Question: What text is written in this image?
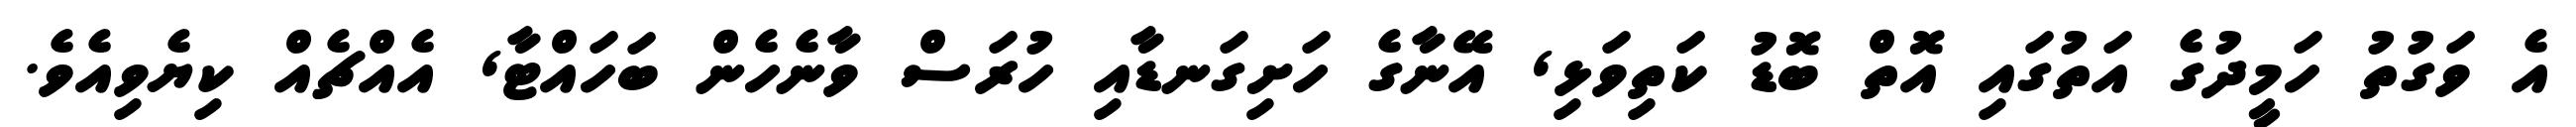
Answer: އެ ވަގުތު ހަމީދުގެ އަތުގައި އޮތް ބޮޑު ކަތިވަޅި, އޭނާގެ ހަށިގަނޑާއި ހުރަސް ވާނެހެން ބަހައްޓާ, އެއްޗެއް ކިޔެވިއެވެ.